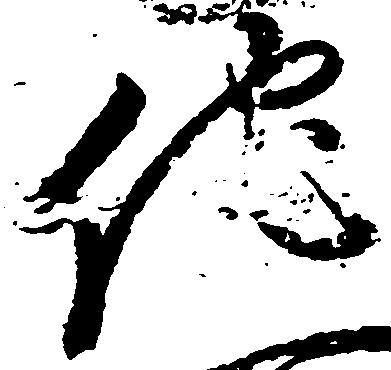
他